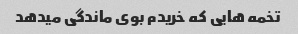
تخمه هایی که خریدم بوی ماندگی میدهد